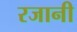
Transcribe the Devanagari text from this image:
रजानी